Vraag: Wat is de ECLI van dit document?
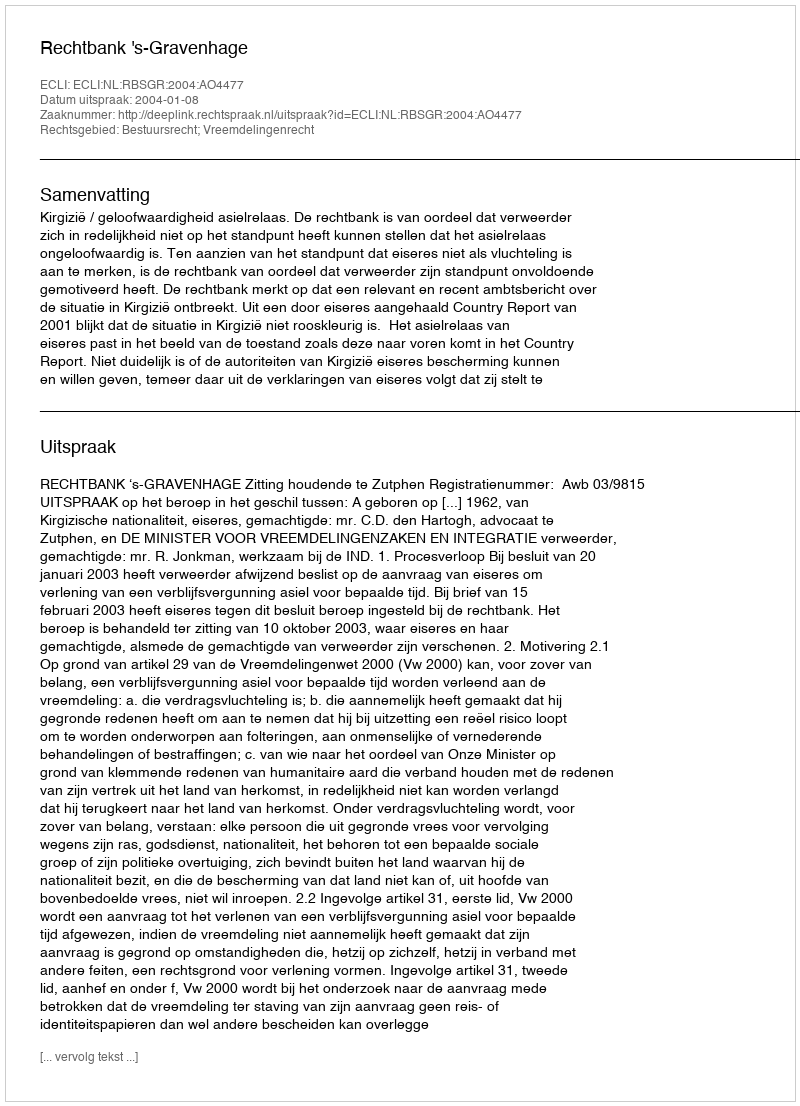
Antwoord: ECLI:NL:RBSGR:2004:AO4477